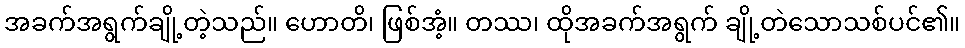
အခက်အရွက်ချို့တဲ့သည်။ ဟောတိ၊ ဖြစ်အံ့။ တဿ၊ ထိုအခက်အရွက် ချို့တဲသောသစ်ပင်၏။